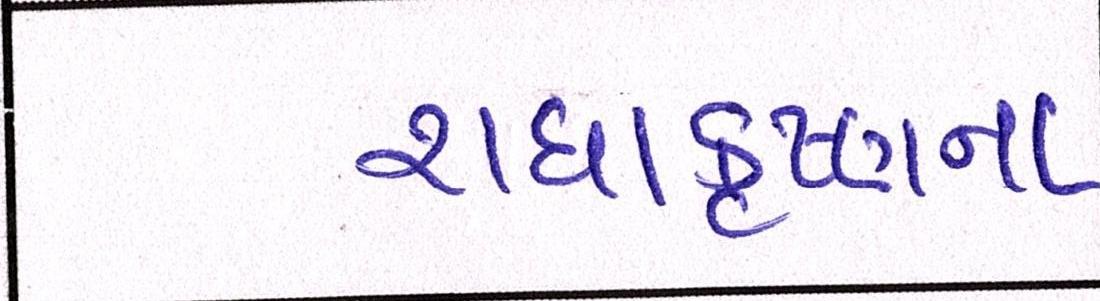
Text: રાધાકૃષ્ણન